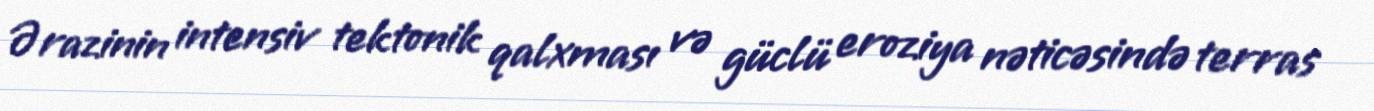
Ərazinin intensiv tektonik qalxması və güclü eroziya nəticəsində terras